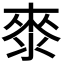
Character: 𭱁